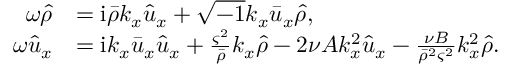
\begin{array} { r l } { \omega \hat { \rho } } & { = \mathrm { i } \bar { \rho } k _ { x } \hat { u } _ { x } + \sqrt { - 1 } k _ { x } \bar { u } _ { x } \hat { \rho } , } \\ { \omega \hat { u } _ { x } } & { = \mathrm { i } k _ { x } \bar { u } _ { x } \hat { u } _ { x } + \frac { \varsigma ^ { 2 } } { \bar { \rho } } k _ { x } \hat { \rho } - 2 \nu A k _ { x } ^ { 2 } \hat { u } _ { x } - \frac { \nu B } { \bar { \rho } ^ { 2 } \varsigma ^ { 2 } } k _ { x } ^ { 2 } \hat { \rho } . } \end{array}